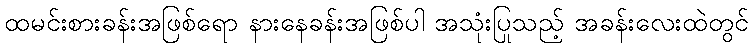
ထမင်းစားခန်းအဖြစ်ရော နားနေခန်းအဖြစ်ပါ အသုံးပြုသည့် အခန်းလေးထဲတွင်